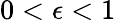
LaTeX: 0<\epsilon<1